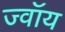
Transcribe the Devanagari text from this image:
ज्वॉय